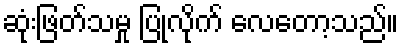
ဆုံးဖြတ်သမှု ပြုလိုက် လေတော့သည်။